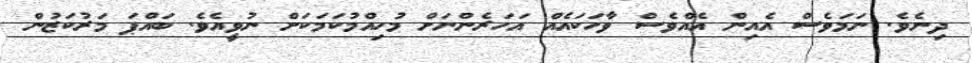
ދިނެވެ. ނަމަވެސް އެއިން އެއްވެސް ވާހަކައެއް އަހަރެންނަށް މުހިއްމުކަމަކަށް ނުވީއެވެ. ބައްޕަ މަރުކަޒުން